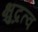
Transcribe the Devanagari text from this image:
क्षुद्रत्व